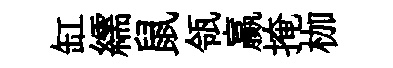
缸繻鼠瓴贏掩枷